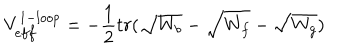
LaTeX: V _ { e f f } ^ { 1 - l o o p } = - \frac { 1 } { 2 } t r ( \sqrt { W _ { b } } - \sqrt { W _ { f } } - \sqrt { W _ { g } } )